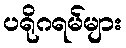
ပရိုဂရမ်များ